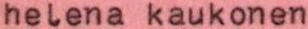
helena kaukonen